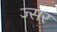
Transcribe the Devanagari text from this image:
ज्सर